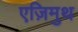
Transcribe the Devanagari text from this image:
एज़िमुथ